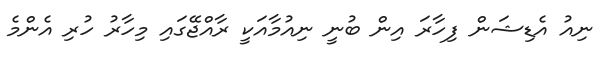
ނިއު އެޑިޝަން ފިހާރަ އިން ބުނީ ނިއުމާއަކީ ރާއްޖޭގައި މިހާރު ހުރި އެންމެ